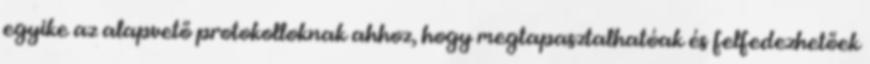
egyike az alapvető protokolloknak ahhoz, hogy megtapasztalhatóak és felfedezhetőek